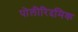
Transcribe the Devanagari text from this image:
पोलीरिदमिक